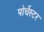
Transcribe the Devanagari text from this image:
पोर्चेस्टर